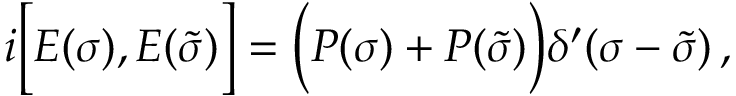
i \Bigl [ { \cal E } ( \sigma ) , { \cal E } ( \tilde { \sigma } ) \Bigr ] = \Bigl ( { \cal P } ( \sigma ) + { \cal P } ( \tilde { \sigma } ) \Bigr ) \delta ^ { \prime } ( \sigma - \tilde { \sigma } ) \, ,